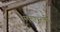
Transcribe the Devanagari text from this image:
मनधरनी